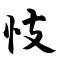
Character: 忮